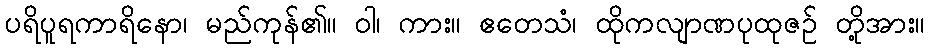
ပရိပူရကာရိနော၊ မည်ကုန်၏။ ဝါ၊ ကား။ ဧတေသံ၊ ထိုကလျာဏပုထုဇဉ် တို့အား။